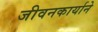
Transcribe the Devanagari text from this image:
जीवनकार्याने